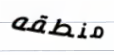
منطقه